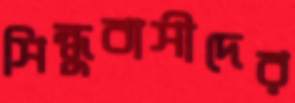
সিন্ধুবাসীদের